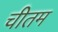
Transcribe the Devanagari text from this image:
चीतम